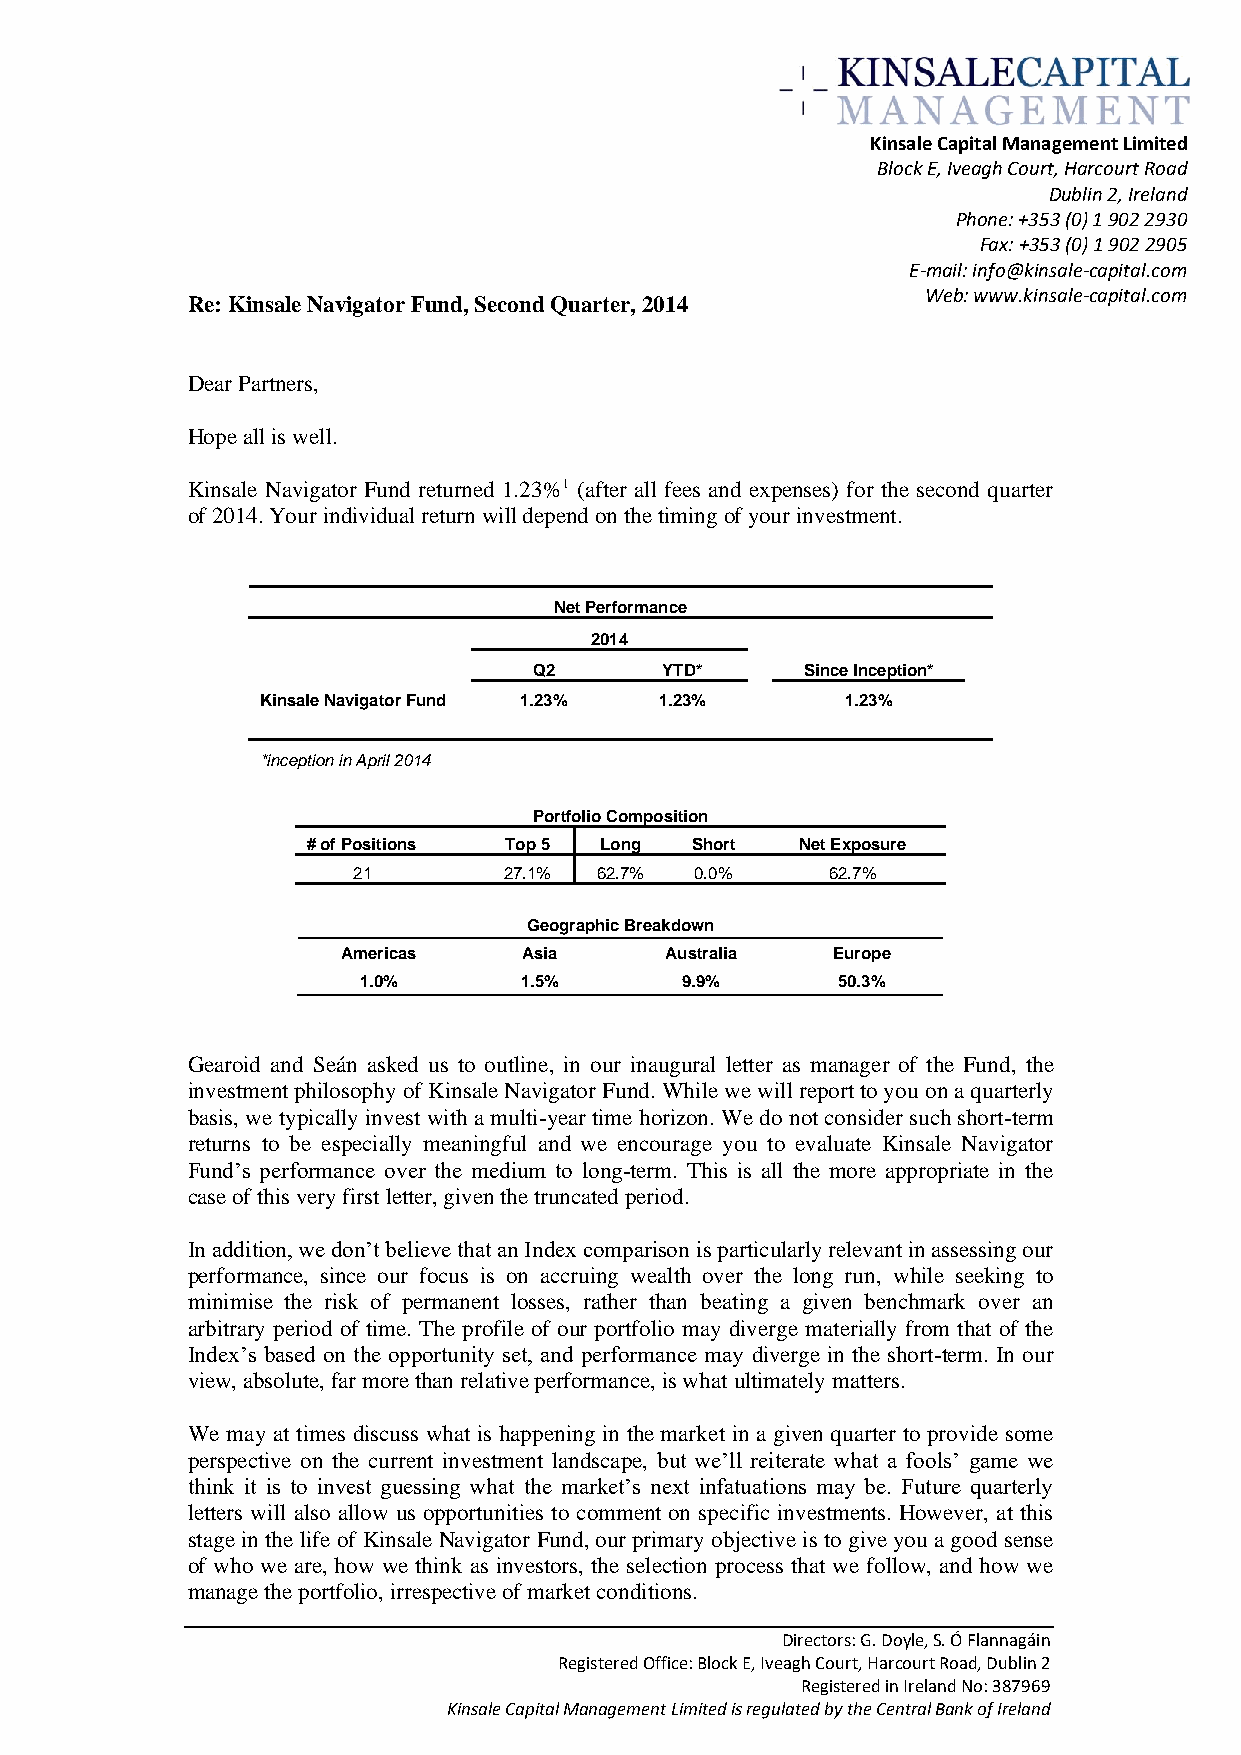
Kinsale Capital Management Limited
 Block E, Iveagh Court, Harcourt Road
 Dublin 2, Ireland
 Phone: +353 (0) 1 902 2930
 Fax: +353 (0) 1 902 2905
 E-mail: info@kinsale-capital.com
 Web: www.kinsale-capital.com
 Re: Kinsale Navigator Fund, Second Quarter, 2014
 Dear Partners,
 Hope all is well.
 Kinsale Navigator Fund returned 1.23%1 (after all fees and expenses) for the second quarter
 of 2014. Your individual return will depend on the timing of your investment.
 Net Performance
 2014
 Q2       YTD*     Since Inception*
 Kinsale Navigator Fund 1.23% 1.23%     1.23%
 *inception in April 2014
 Portfolio Composition
 # of Positions Top 5 Long Short  Net Exposure
 21        27.1% 62.7%  0.0%     62.7%
 Geographic Breakdown
 Americas    Asia     Australia  Europe
 1.0%      1.5%       9.9%      50.3%
 Gearoid and Seán asked us to outline, in our inaugural letter as manager of the Fund, the
 investment philosophy of Kinsale Navigator Fund. While we will report to you on a quarterly
 basis, we typically invest with a multi-year time horizon. We do not consider such short-term
 returns to be especially meaningful and we encourage you to evaluate Kinsale Navigator
 Fund’s performance over the medium to long-term. This is all the more appropriate in the
 case of this very first letter, given the truncated period.
 In addition, we don’t believe that an Index comparison is particularly relevant in assessing our
 performance, since our focus is on accruing wealth over the long run, while seeking to
 minimise the risk of permanent losses, rather than beating a given benchmark over an
 arbitrary period of time. The profile of our portfolio may diverge materially from that of the
 Index’s based on the opportunity set, and performance may diverge in the short-term. In our
 view, absolute, far more than relative performance, is what ultimately matters.
 We may at times discuss what is happening in the market in a given quarter to provide some
 perspective on the current investment landscape, but we’ll reiterate what a fools’ game we
 think it is to invest guessing what the market’s next infatuations may be. Future quarterly
 letters will also allow us opportunities to comment on specific investments. However, at this
 stage in the life of Kinsale Navigator Fund, our primary objective is to give you a good sense
 of who we are, how we think as investors, the selection process that we follow, and how we
 manage the portfolio, irrespective of market conditions.
 Directors: G. Doyle, S. Ó Flannagáin
 Registered Office: Block E, Iveagh Court, Harcourt Road, Dublin 2
 Registered in Ireland No: 387969
 Kinsale Capital Management Limited is regulated by the Central Bank of Ireland